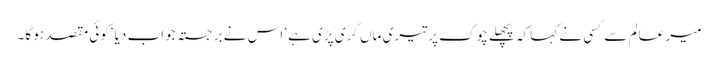
میر عالم سے کسی نے کہا کہ پچھلے چوک پر تیری ماں گری پڑی ہے‘ اس نے برجستہ جواب دیا‘ کوئی مقصد ہو گا۔